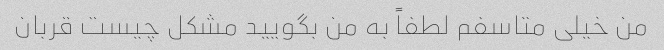
من خیلی متاسفم لطفاً به من بگویید مشکل چیست قربان